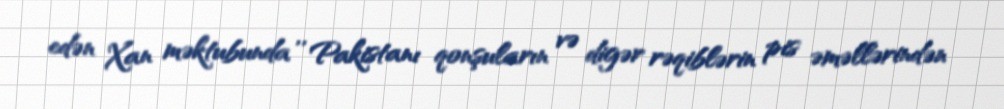
edən Xan məktubunda '' Pakistanı qonşuların və digər rəqiblərin pis əməllərindən